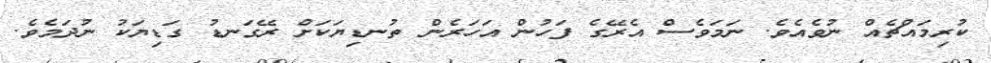
ކުރިމައްޗެއް ނުވެއެވެ. ނަމަވެސް އެރޭގެ ފަހުން އަހަރެން ތުނޑިޔަކަށް ރޭގަނޑު ގަޑިޔަކު ނުދަމެވެ.